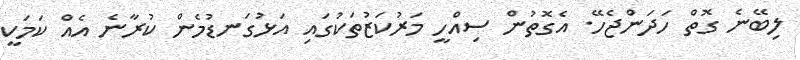
ލިބޭނެ ގޮތް ހަދަންޖެހޭ. އެގޮތުން ސިއްހީ މަރުކަޒުތަކުގައި އަޅުގަނޑުމެން ކުރާނެ އެއް ކަމަކީ